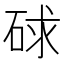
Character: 𥒸